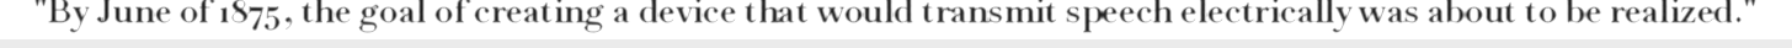
"By June of 1875, the goal of creating a device that would transmit speech electrically was about to be realized."